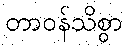
တာဝန်သိစွာ